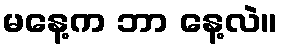
မနေ့က ဘာ နေ့လဲ။